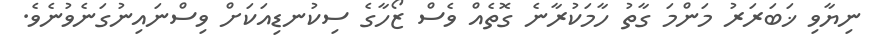
ނިޔާވި ޚަބަރަރު މަންމަ ގާތު ހާމަކުރާނެ ގޮތެއް ވެސް ޒޯހާގެ ސިކުނޑިއަކަށް ވިސްނައިނުގަނެވުނެވެ.